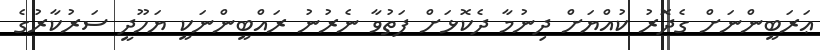
ޢަރަބީންނަށް ގެދޮރު ކުއްޔަށް ދިނުމާ ދެކޮޅަށް ފަތުވާ ނެރުނު ރައްބީންނަކީ ޔަހޫދީ ސަރުކާރުގެ